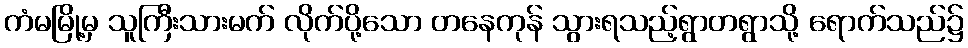
ကံမမြို့မှ သူကြီးသားမက် လိုက်ပို့သော တနေကုန် သွားရသည့်ရွာတရွာသို့ ရောက်သည်၌